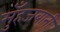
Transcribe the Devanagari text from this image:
मुँहजबानी